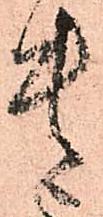
貴